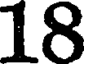
18